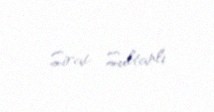
Sirac Sultanlı